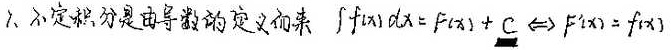
不定积分是由导数的定义而来 \(\int f(x)dx = F(x)+C\Leftrightarrow F^{\prime}(x)=f(x)\)